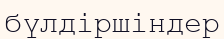
бүлдіршіндер